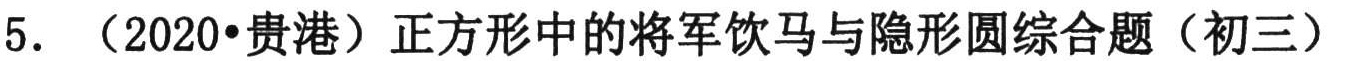
5. （2020•贵港）正方形中的将军饮马与隐形圆综合题（初三）